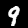
Label: 9